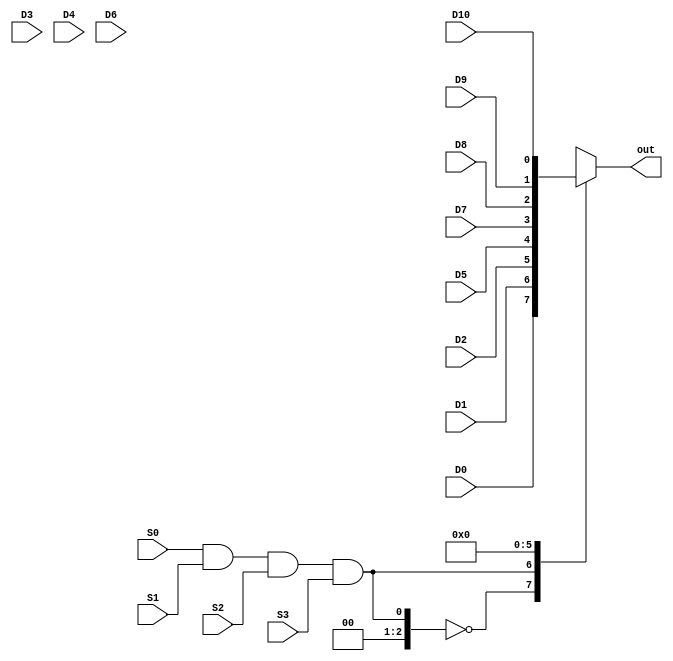
module mux16_1b(out, D0, D1, D2, D3, D4, D5, D6, D7,D8,D9,D10, S0, S1, S2,S3);
input wire D0, D1, D2, D3, D4, D5, D6, D7,D8,D9,D10;
input wire S0, S1, S2 ,S3;
output reg out;
always@(*)
begin
case(S0 & S1 & S2 &S3)
3'b0000: out=D0;
3'b0001: out=D1;
3'b0011: out=D2;
3'b1000: out=D3;
3'b1001: out=D4;
3'b1010: out=D5;
3'b1011: out=D6;
3'b1100: out=D7;
3'b1101: out=D8;
3'b1110: out=D9;
3'b1111: out=D10;
default: out=1'b0;
endcase
end
endmodule